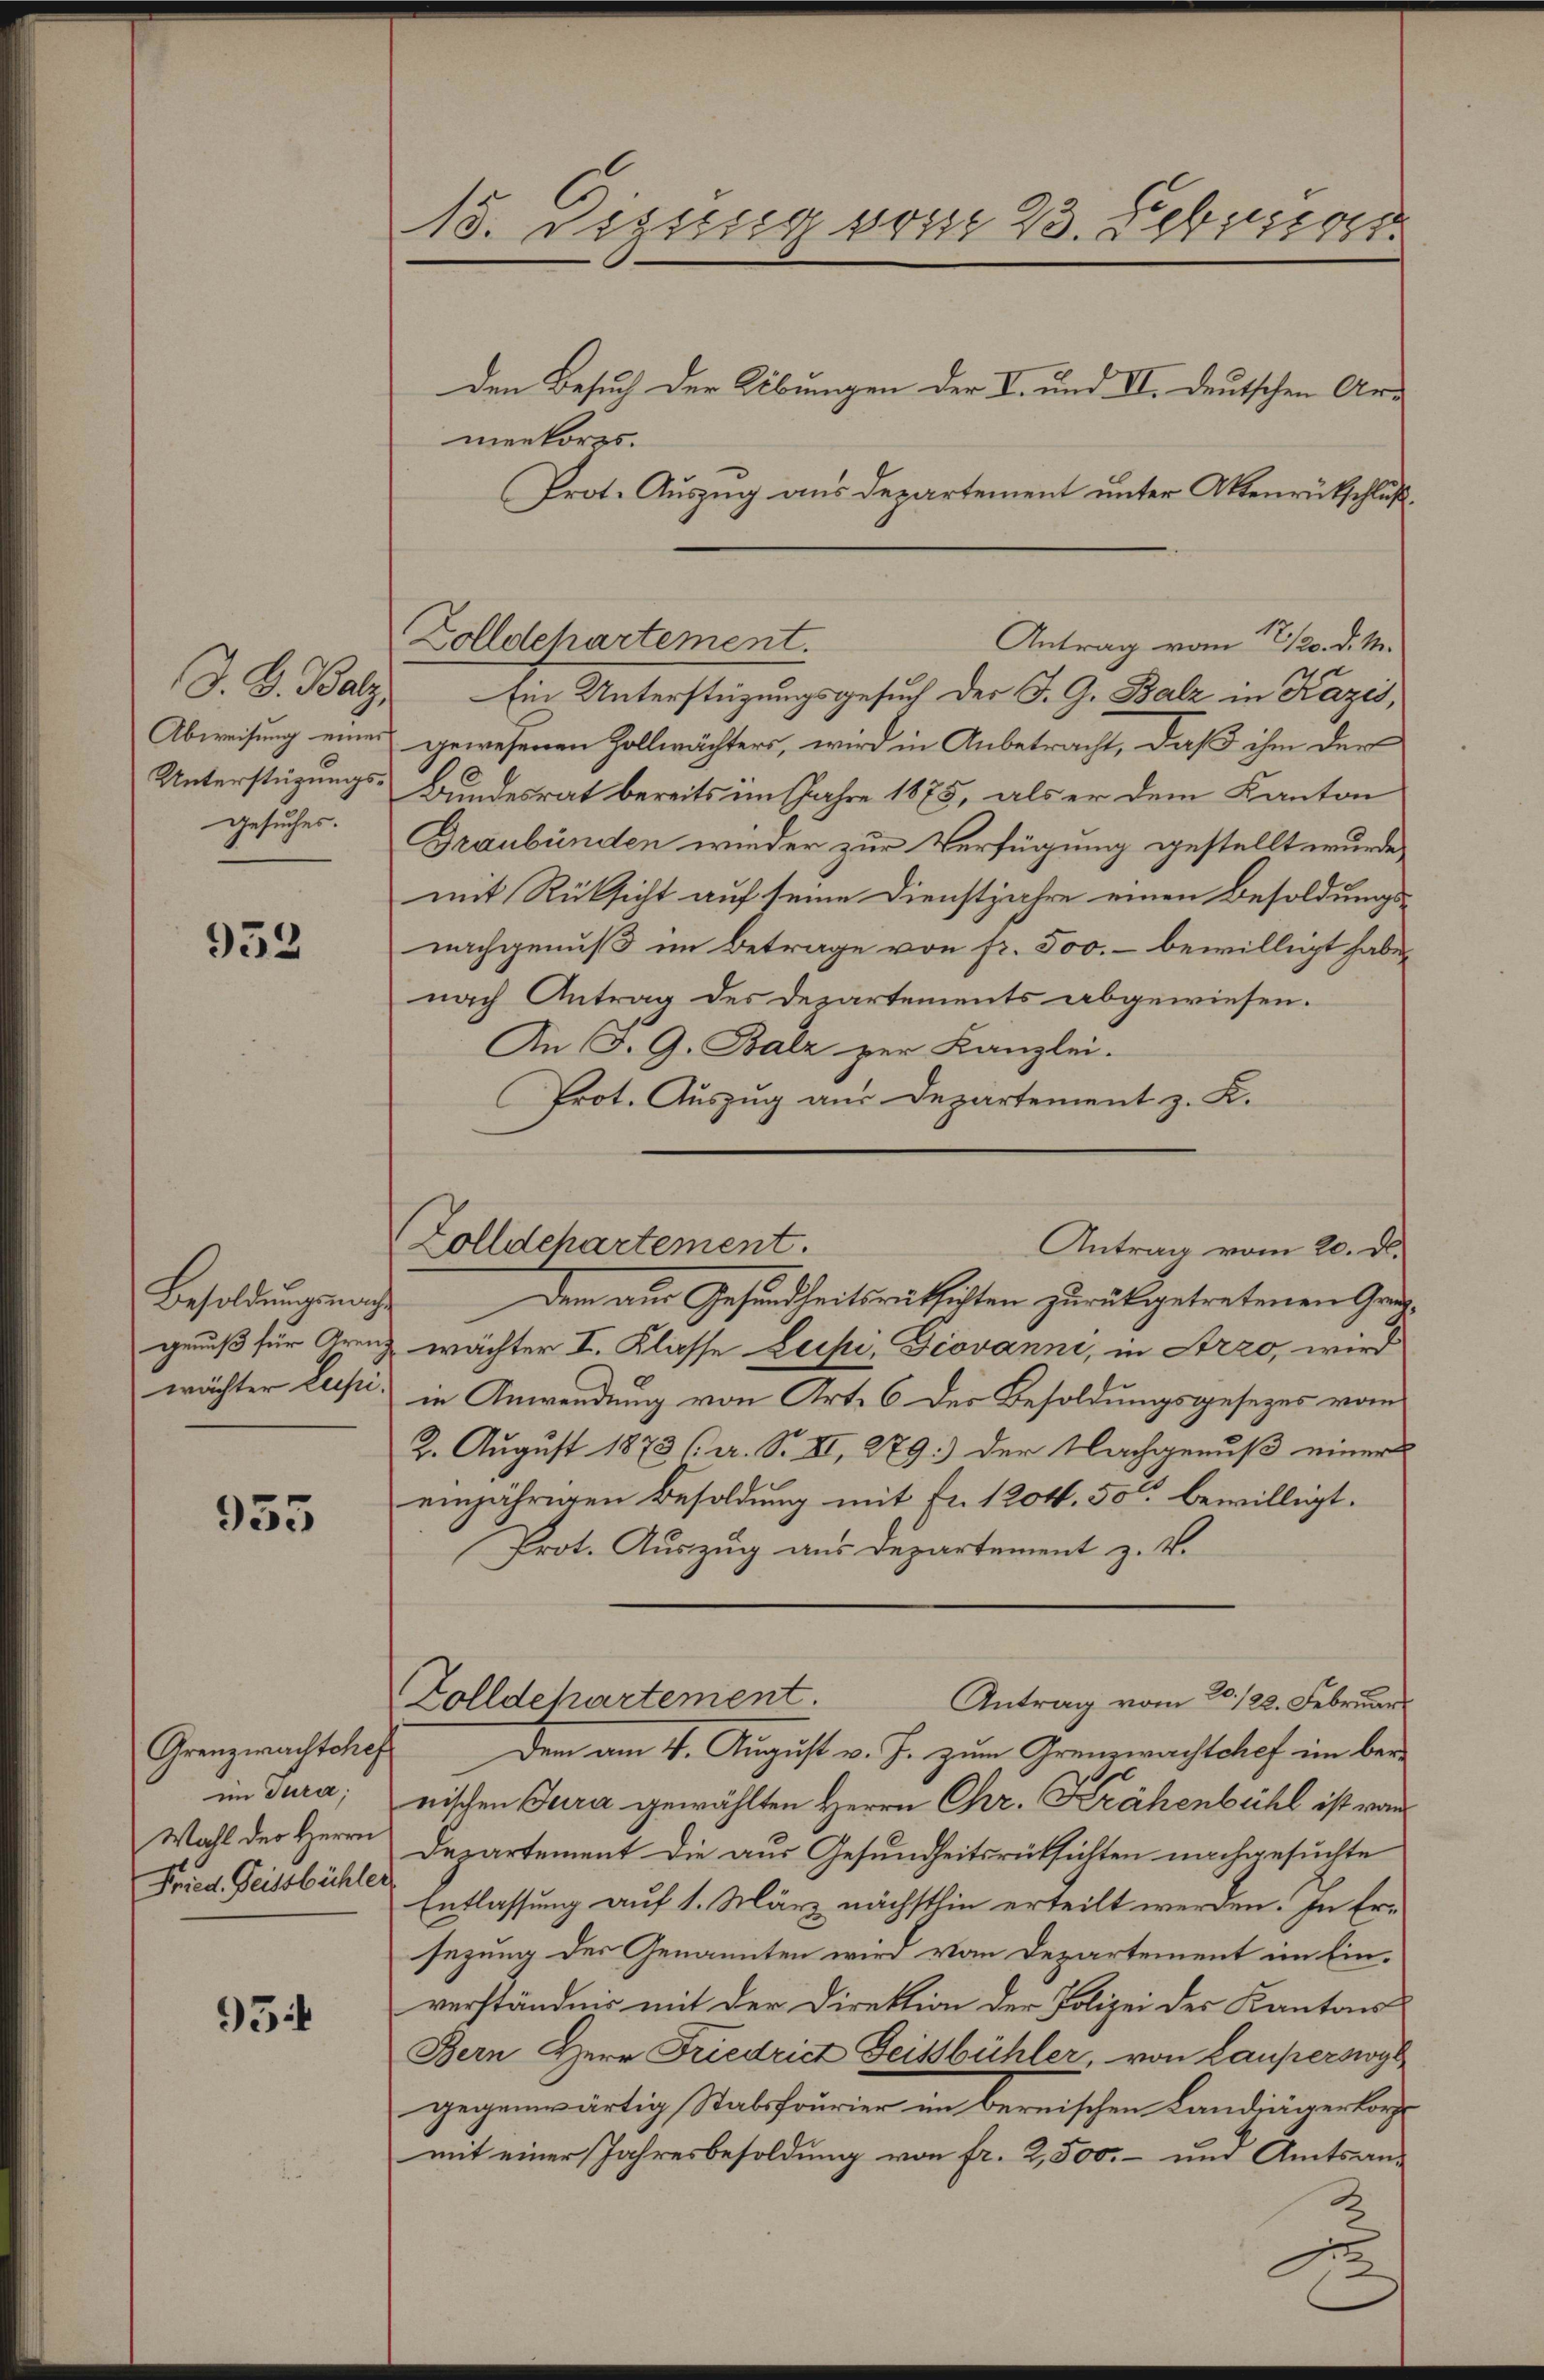
D. G. Balz,
Abweisung eines
Unterstüzungsgesuches.

952

Besoldungsnach
genuß für Aren.
wächter Leepi.

955

Grenzwachtchef
im Tura;
Wahl der Herrn
Fried. Zeitsbüchler

95

13. Disses vom 23. Februar

menkorps.
Ein Unterstüzungsgesuch der J. G. Balz in Kazis,
gewesenen Zollwächters, wird in Anbetracht, daß ihm der
Bundesrat bereits im Jahre 1875, als er dem Kanton
Graubünden wieder zur Verfügung gestellt wurde,
mit Rüksicht auf seine Dienstjahre einen Besoldungs-
nachgenuß im Betrage von fr. 500.- bewilligt habe,
nach Antrag des Departements abgewiesen.
An J. G. Balz zur Kanzlei.
Prot. Auszug aus Departement z. K.
Dem aus Gesundheitsrücksichten zurückgetretenen Grünwächter I. Klasse Lupi, Giovanni, in Arzo, wird
in Anwendung von Art. 6 des Besoldungsgesezes vom
2. August 1873 (a. S. II, 279) der Nachgenuß einer
einjährigen Besoldung mit Fr. 1204. 50 bewilligt.
Prot. Auszug aus Departement z. v.
Zolldehartement
Antrag vom 20. 122. Februar
Dem am 4. August v. J. zum Grenzwachtchef im bernischen Jura gewählten Herrn Chr. Krähenbühl ist von
Departement die aus Gesundheitsrücksichten nachgesuchte
Entlassung auf 1. März nächsthin erteilt werden. In Ersezung der Genannten wird vom Departement im Einverständnis mit der Direktion der Polizei des Kantons
Bern Herr Friedrict Geisbühler, von Lauperswyl
gegenwärtig Stabsfourier im bernischen Landingerlor
mit einer Jahresbesoldung von fr. 2,500.- und Amtsan¬

den Besuch der Übungen der I. und VI. deutschen Ar¬
Prot. Auszug aus Departement unter Aktenrückschluß¬

Zolldepartement.
Antrag vom 22/20. d. M.

Zolldepartement.
Antrag vom 20. d.